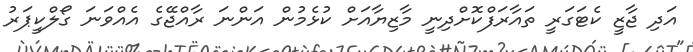
އަދި ޖާޒީ ކެޓަގަރީ ތައާރަފްކޮށްދިނީ މާޒިޔާއަށް ކުޅެމުން އަންނަ ރާއްޖޭގެ އެއްވަނަ ގޯލްކީޕަރު